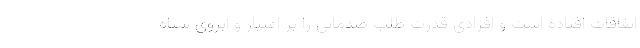
اتفاقات افتاده است و افرادی قدرت طلب صدماتی را بر اعتبار و آبروی سپاه